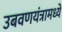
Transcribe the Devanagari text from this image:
उबवणयंत्रामध्ये